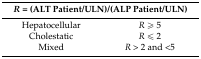
<table><thead><tr><td colspan="2"><b><i>R</i> = (ALT Patient/ULN)/(ALP Patient/ULN)</b></td></tr></thead><tbody><tr><td>Hepatocellular</td><td><i>R</i> ≥ 5</td></tr><tr><td>Cholestatic</td><td><i>R</i> ≤ 2</td></tr><tr><td>Mixed</td><td><i>R</i> &gt; 2 and &lt;5</td></tr></tbody></table>